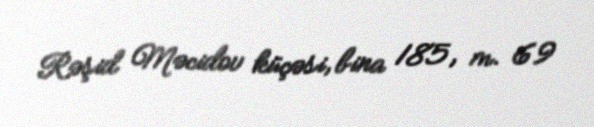
Rəşid Məcidov küçəsi, bina 185, m. 69